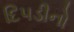
દિપડીનો